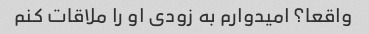
واقعا؟ امیدوارم به زودی او را ملاقات کنم